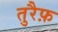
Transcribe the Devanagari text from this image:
तुरैफ़